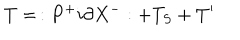
T = \, : P ^ { + } i \partial X ^ { - } : + T _ { S } + T ^ { \prime }